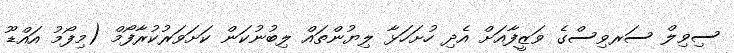
ސިވިލް ސަރވިސްގެ ވަޒީފާއަށް އެދި ހުށަހަޅާ ލިޔުންތައް ލިބުނުކަން ކަށަވަރުކުރާފޯމް (މިފޯމު އައްޑޫ